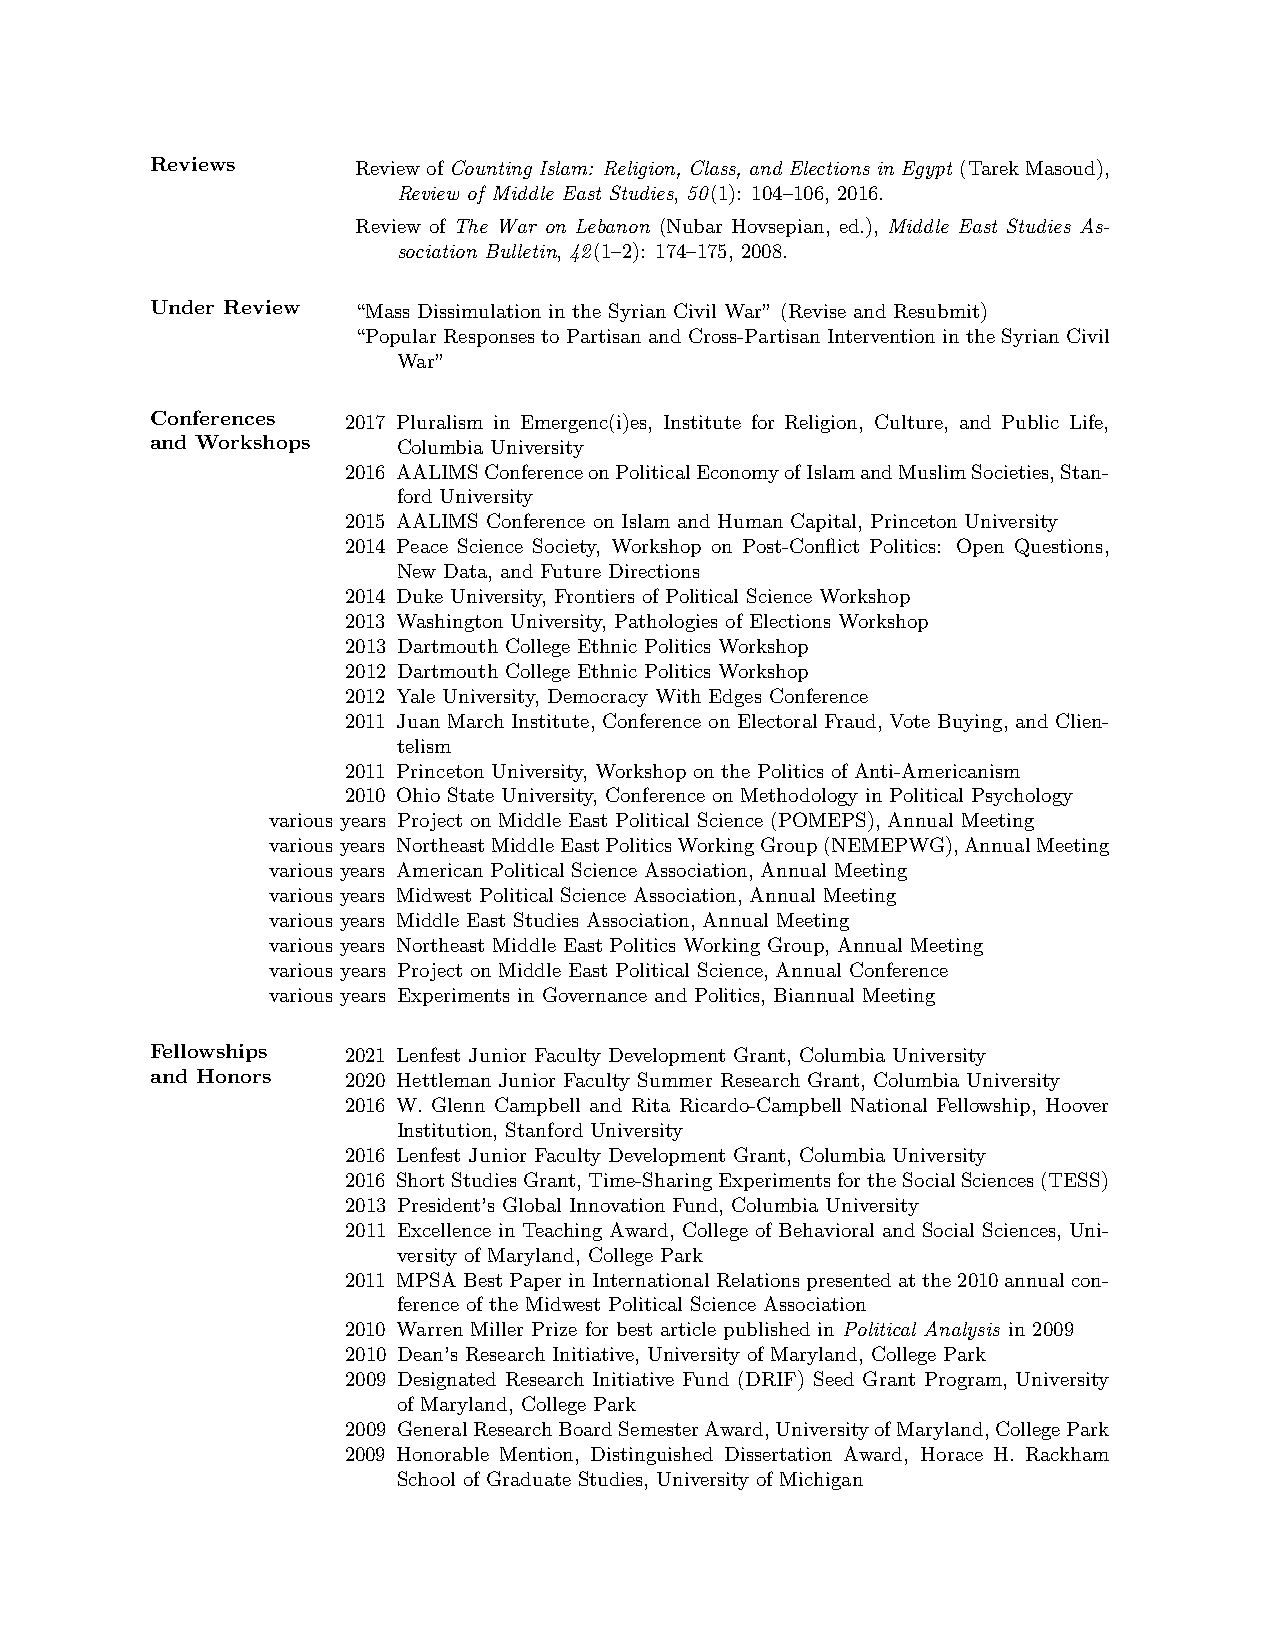
Reviews       ReviewofCounting Islam: Religion, Class, and Elections in Egypt (TarekMasoud),
 Review of Middle East Studies, 50(1): 104–106, 2016.
 Review of The War on Lebanon (Nubar Hovsepian, ed.), Middle East Studies As-
 sociation Bulletin, 42(1–2): 174–175, 2008.
 Under Review  “Mass Dissimulation in the Syrian Civil War” (Revise and Resubmit)
 “PopularResponsestoPartisanandCross-PartisanInterventionintheSyrianCivil
 War”
 Conferences  2017 Pluralism in Emergenc(i)es, Institute for Religion, Culture, and Public Life,
 and Workshops   Columbia University
 2016 AALIMSConferenceonPoliticalEconomyofIslamandMuslimSocieties,Stan-
 ford University
 2015 AALIMS Conference on Islam and Human Capital, Princeton University
 2014 Peace Science Society, Workshop on Post-Conflict Politics: Open Questions,
 New Data, and Future Directions
 2014 Duke University, Frontiers of Political Science Workshop
 2013 Washington University, Pathologies of Elections Workshop
 2013 Dartmouth College Ethnic Politics Workshop
 2012 Dartmouth College Ethnic Politics Workshop
 2012 Yale University, Democracy With Edges Conference
 2011 Juan March Institute, Conference on Electoral Fraud, Vote Buying, and Clien-
 telism
 2011 Princeton University, Workshop on the Politics of Anti-Americanism
 2010 Ohio State University, Conference on Methodology in Political Psychology
 various years Project on Middle East Political Science (POMEPS), Annual Meeting
 various years NortheastMiddleEastPoliticsWorkingGroup(NEMEPWG),AnnualMeeting
 various years American Political Science Association, Annual Meeting
 various years Midwest Political Science Association, Annual Meeting
 various years Middle East Studies Association, Annual Meeting
 various years Northeast Middle East Politics Working Group, Annual Meeting
 various years Project on Middle East Political Science, Annual Conference
 various years Experiments in Governance and Politics, Biannual Meeting
 Fellowships  2021 Lenfest Junior Faculty Development Grant, Columbia University
 and Honors   2020 Hettleman Junior Faculty Summer Research Grant, Columbia University
 2016 W. Glenn Campbell and Rita Ricardo-Campbell National Fellowship, Hoover
 Institution, Stanford University
 2016 Lenfest Junior Faculty Development Grant, Columbia University
 2016 ShortStudiesGrant,Time-SharingExperimentsfortheSocialSciences(TESS)
 2013 President’s Global Innovation Fund, Columbia University
 2011 Excellence in Teaching Award, College of Behavioral and Social Sciences, Uni-
 versity of Maryland, College Park
 2011 MPSABestPaperinInternationalRelationspresentedatthe2010annualcon-
 ference of the Midwest Political Science Association
 2010 Warren Miller Prize for best article published in Political Analysis in 2009
 2010 Dean’s Research Initiative, University of Maryland, College Park
 2009 Designated Research Initiative Fund (DRIF) Seed Grant Program, University
 of Maryland, College Park
 2009 GeneralResearchBoardSemesterAward,UniversityofMaryland,CollegePark
 2009 Honorable Mention, Distinguished Dissertation Award, Horace H. Rackham
 School of Graduate Studies, University of Michigan